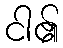
ငါ၏